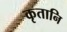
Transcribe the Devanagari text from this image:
कृतानि